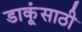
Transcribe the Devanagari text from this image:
डाकूंसाठी